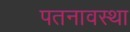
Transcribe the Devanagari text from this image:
पतनावस्था